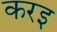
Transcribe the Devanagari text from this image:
करइ